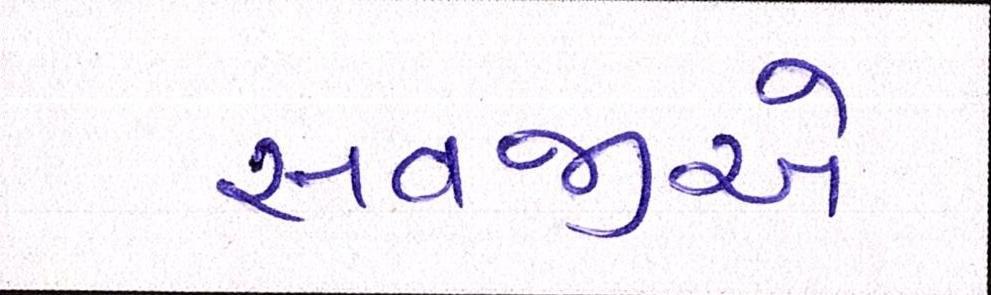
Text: સવજીએ